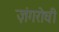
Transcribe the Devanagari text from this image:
ज़ंगरोधी